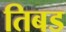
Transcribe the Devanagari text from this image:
तिबड